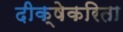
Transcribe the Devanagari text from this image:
दीक्षेकरिता